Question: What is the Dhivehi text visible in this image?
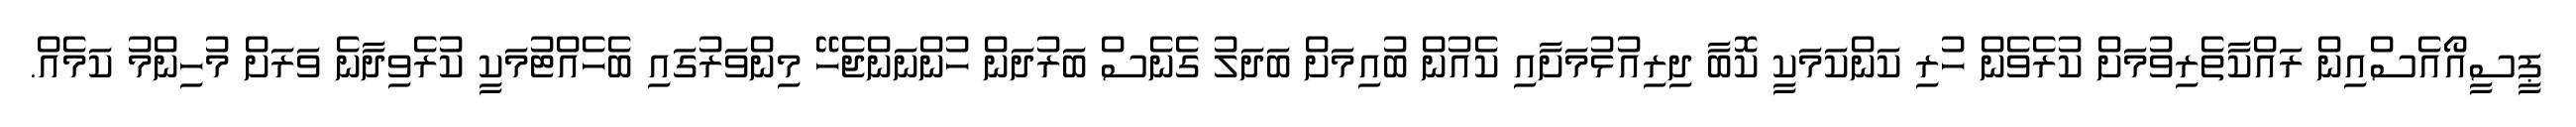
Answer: ޕީސީއޯއެސްއިން ރައްކާތެރިވުމަށް ކުރެވެން ހުރި ކަންކަމަކީ ކޮބާ ދިރިއުޅުމަށާއި ކެއުން ބުއިމަށް ބަދަލު ގެނެސް ބަރުދަން ހުންނަންޖެހޭ މިންވަރުގައި ބެހެއްޓުމަކީ ކުރެވިދާނެ ވަރަށް މުހިންމު ކަމެއް.